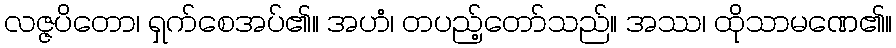
လဇ္ဇပိတော၊ ရှက်စေအပ်၏။ အဟံ၊ တပည့်တော်သည်။ အဿ၊ ထိုသာမဏေ၏။